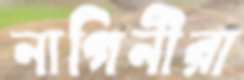
নাগিনীরা